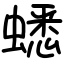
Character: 蟋